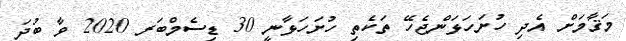
މަޤާމަށް އެދި ހުށަހަޅަންޖެހޭ ތަކެތި ހުށަހަޅާނީ 30 ޑިސެމްބަރ 2020 ވާ ބުދަ